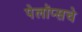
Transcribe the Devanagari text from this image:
पेलॉप्सचे